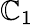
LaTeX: \mathbb{C}_{1}